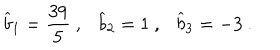
{ \widehat b } _ { 1 } = { \frac { 3 9 } { 5 } } ~ , { \widehat b } _ { 2 } = 1 ~ , { \widehat b } _ { 3 } = - 3 ~ .